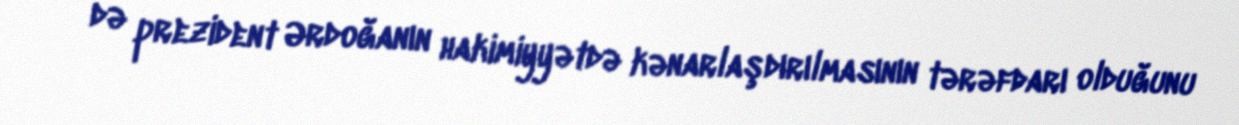
də prezident Ərdoğanın hakimiyyətdə kənarlaşdırılmasının tərəfdarı olduğunu